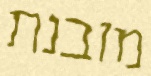
מובנת